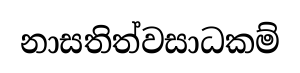
නාසතිත්වසාධකම්